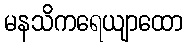
မနသိကရေယျာထော